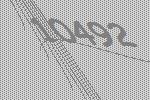
10492